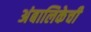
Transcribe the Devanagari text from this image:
अंबालिकेची